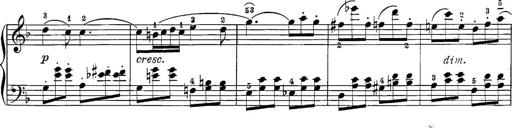
Title: 12 Sonatine per Pianoforte
Composer: Friedrich Kuhlau